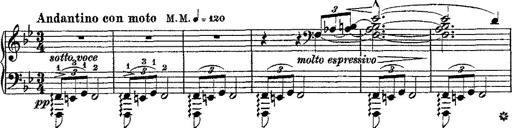
Title: Fantaisie romantique sur deux mÃ©lodies suisses
Composer: Franz Liszt